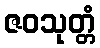
ဇဝသုတ္တံ